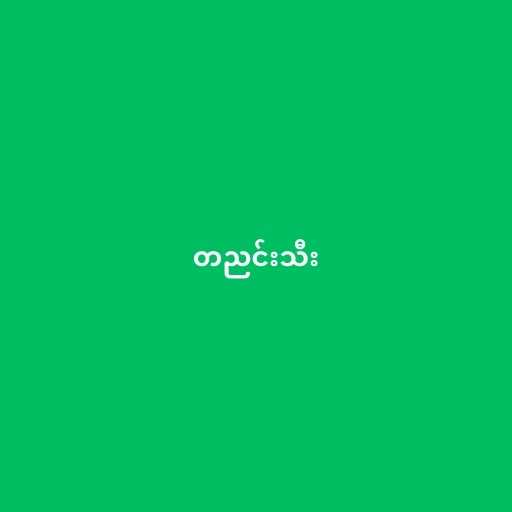
တညင်းသီး